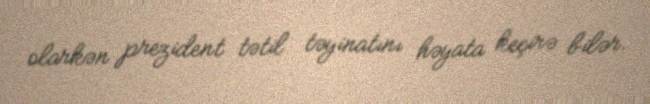
olarkən prezident tətil təyinatını həyata keçirə bilər.